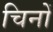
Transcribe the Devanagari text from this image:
चिनों